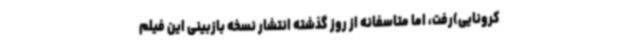
کرونایی)رفت، اما متاسفانه از روز گذشته انتشار نسخه بازبینی این فیلم